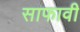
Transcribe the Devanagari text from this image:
साफावी